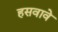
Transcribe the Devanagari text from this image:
हसवावे